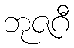
ဘုဇဂီ